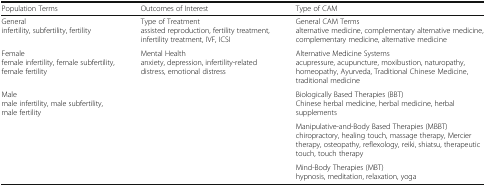
<table><thead><tr><td><b>Population Terms</b></td><td><b>Outcomes of Interest</b></td><td><b>Type of CAM</b></td></tr></thead><tbody><tr><td>Generalinfertility, subfertility, fertility</td><td>Type of Treatmentassisted reproduction, fertility treatment, infertility treatment, IVF, ICSI</td><td>General CAM Termsalternative medicine, complementary alternative medicine, complementary medicine, alternative medicine</td></tr><tr><td>Femalefemale infertility, female subfertility, female fertility</td><td>Mental Healthanxiety, depression, infertility-related distress, emotional distress</td><td>Alternative Medicine Systemsacupressure, acupuncture, moxibustion, naturopathy, homeopathy, Ayurveda, Traditional Chinese Medicine, traditional medicine</td></tr><tr><td>Malemale infertility, male subfertility, male fertility</td><td></td><td>Biologically Based Therapies (BBT)Chinese herbal medicine, herbal medicine, herbal supplements</td></tr><tr><td></td><td></td><td>Manipulative-and-Body Based Therapies (MBBT)chiropractory, healing touch, massage therapy, Mercier therapy, osteopathy, reflexology, reiki, shiatsu, therapeutic touch, touch therapy</td></tr><tr><td></td><td></td><td>Mind-Body Therapies (MBT)hypnosis, meditation, relaxation, yoga</td></tr></tbody></table>